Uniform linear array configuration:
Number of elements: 32
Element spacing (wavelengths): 0.5
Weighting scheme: blackman
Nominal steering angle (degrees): -30
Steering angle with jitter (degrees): -28.159
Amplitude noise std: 0.05
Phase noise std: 0.05

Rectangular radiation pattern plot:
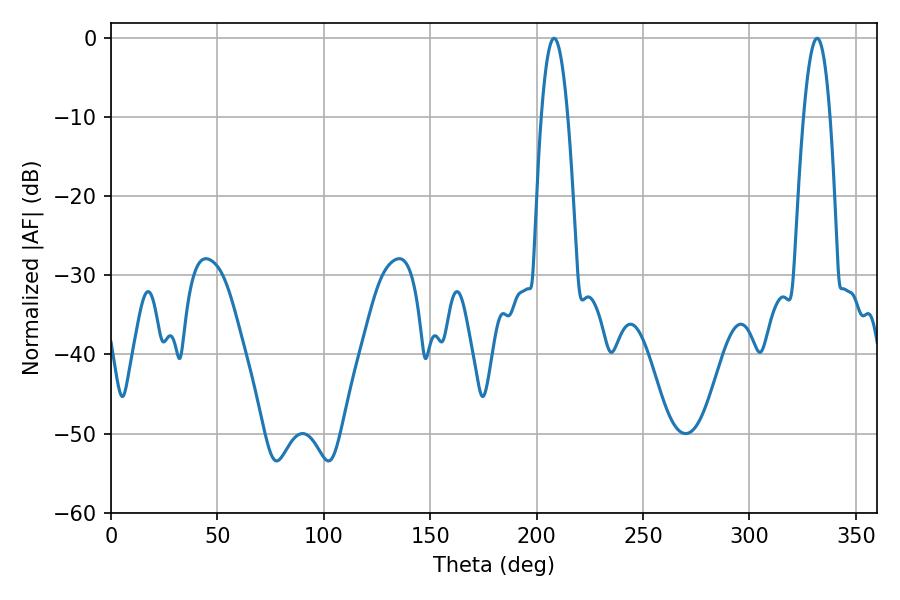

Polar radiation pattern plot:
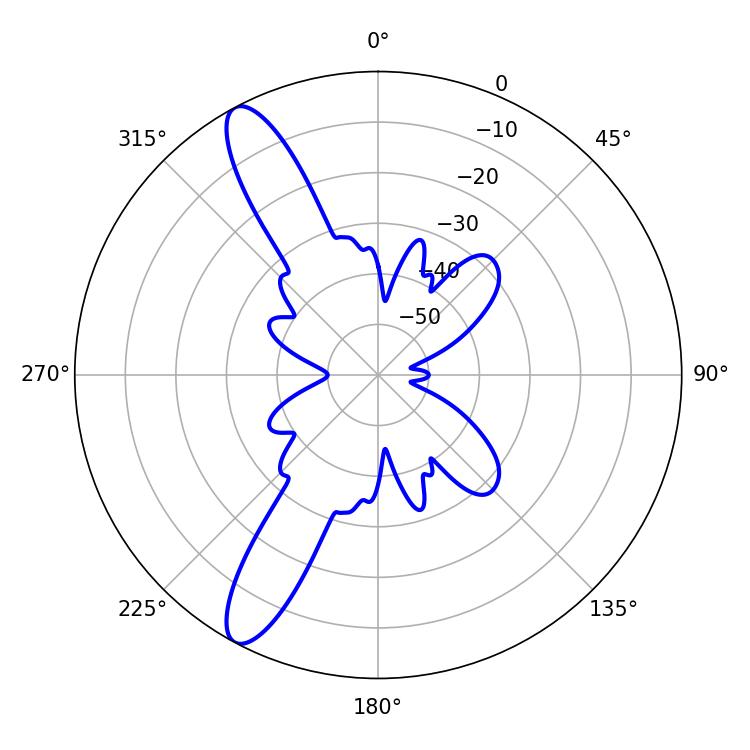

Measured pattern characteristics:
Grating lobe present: FALSE
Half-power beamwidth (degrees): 6.84
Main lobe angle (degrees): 331.74